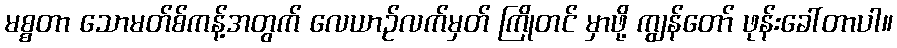
မစ္စတာ သောမတ်စ်ကန့်အတွက် လေယာဉ်လက်မှတ် ကြိုတင် မှာဖို့ ကျွန်တော် ဖုန်းခေါ်တာပါ။